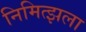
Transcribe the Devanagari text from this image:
निमित्झला